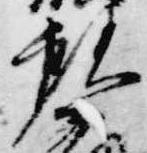
頼